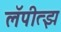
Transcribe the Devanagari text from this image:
लॅपीत्झ